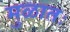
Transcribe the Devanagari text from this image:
मुळातः